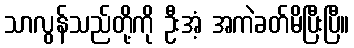
သာလွန်သည်တို့ကို ဦးအံ့ အကဲခတ်မိပြီးပြီ။